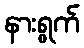
နားရွက်